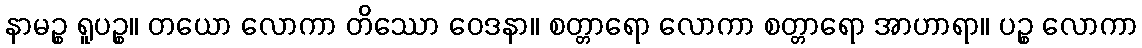
နာမဉ္စ ရူပဉ္စ။ တယော လောကာ တိဿော ဝေဒနာ။ စတ္တာရော လောကာ စတ္တာရော အာဟာရာ။ ပဉ္စ လောကာ